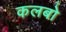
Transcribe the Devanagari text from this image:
कलबो